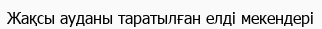
Жақсы ауданы таратылған елді мекендері